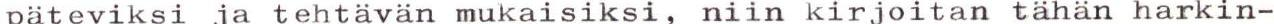
päteviksi ja tehtävän mukaisiksi, niin kirjoitan tähän harkin-